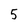
Character: 5